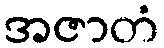
အဇာတံ